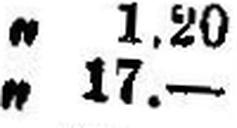
„ 17.—